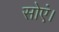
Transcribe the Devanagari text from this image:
सोएं।